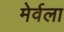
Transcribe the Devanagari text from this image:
मेर्वला